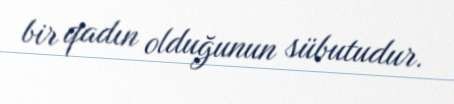
bir qadın olduğunun sübutudur.